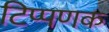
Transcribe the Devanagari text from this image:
टिप्पणक